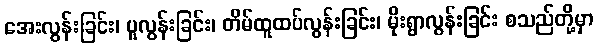
အေးလွန်းခြင်း၊ ပူလွန်းခြင်း၊ တိမ်ထူထပ်လွန်းခြင်း၊ မိုးရွာလွန်းခြင်း စသည်တို့မှာ